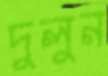
দুলুন